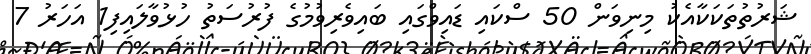
ޝަރުތުތަކަކާއެކު މިނިވަން 50 ސްކައި ޑައިވްގައި ބައިިވެރިވުމުގެ ފުރުސަތު ހުޅުވާލައިފި1 އަހަރު 7